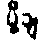
ပို့ချ